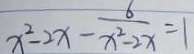
x ^ { 2 } - 2 x - \frac { 6 } { x ^ { 2 } - 2 x } = 1